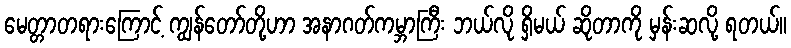
မေတ္တာတရားကြောင့် ကျွန်တော်တို့ဟာ အနာဂတ်ကမ္ဘာကြီး ဘယ်လို ရှိမယ် ဆိုတာကို မှန်းဆလို့ ရတယ်။